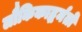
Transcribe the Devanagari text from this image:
लौकिकाद्धर्मतो